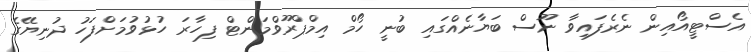
އެސްޓީއޯއިން ނެރެފައިވާ ނޫސް ބަޔާނެއްގައި ބުނީ ހޯމް އިމްޕްރޫވްމަންޓް ފިހާރަ ހުޅުވުމަށްފަހު ދުނިޔޭގެ